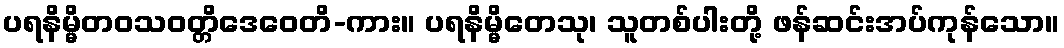
ပရနိမ္မိတဝသဝတ္တိဒေဝေတိ-ကား။ ပရနိမ္မိတေသု၊ သူတစ်ပါးတို့ ဖန်ဆင်းအပ်ကုန်သော။